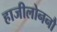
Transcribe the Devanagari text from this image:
हाजीलोननौ